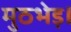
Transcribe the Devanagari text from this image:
मुठभेड़।